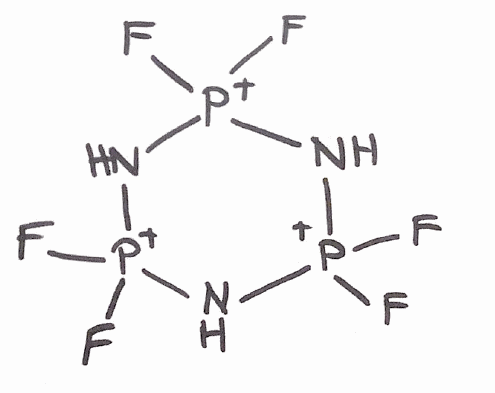
Simplified molecular-input line-entry system (SMILES) notation of the given molecule:
N1[P+](N[P+](N[P+]1(F)F)(F)F)(F)F